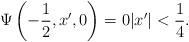
LaTeX: \begin{align*}\Psi\left(-\frac12,x',0\right) = 0 |x'|<\frac14.\end{align*}